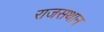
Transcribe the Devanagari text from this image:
राजसथान